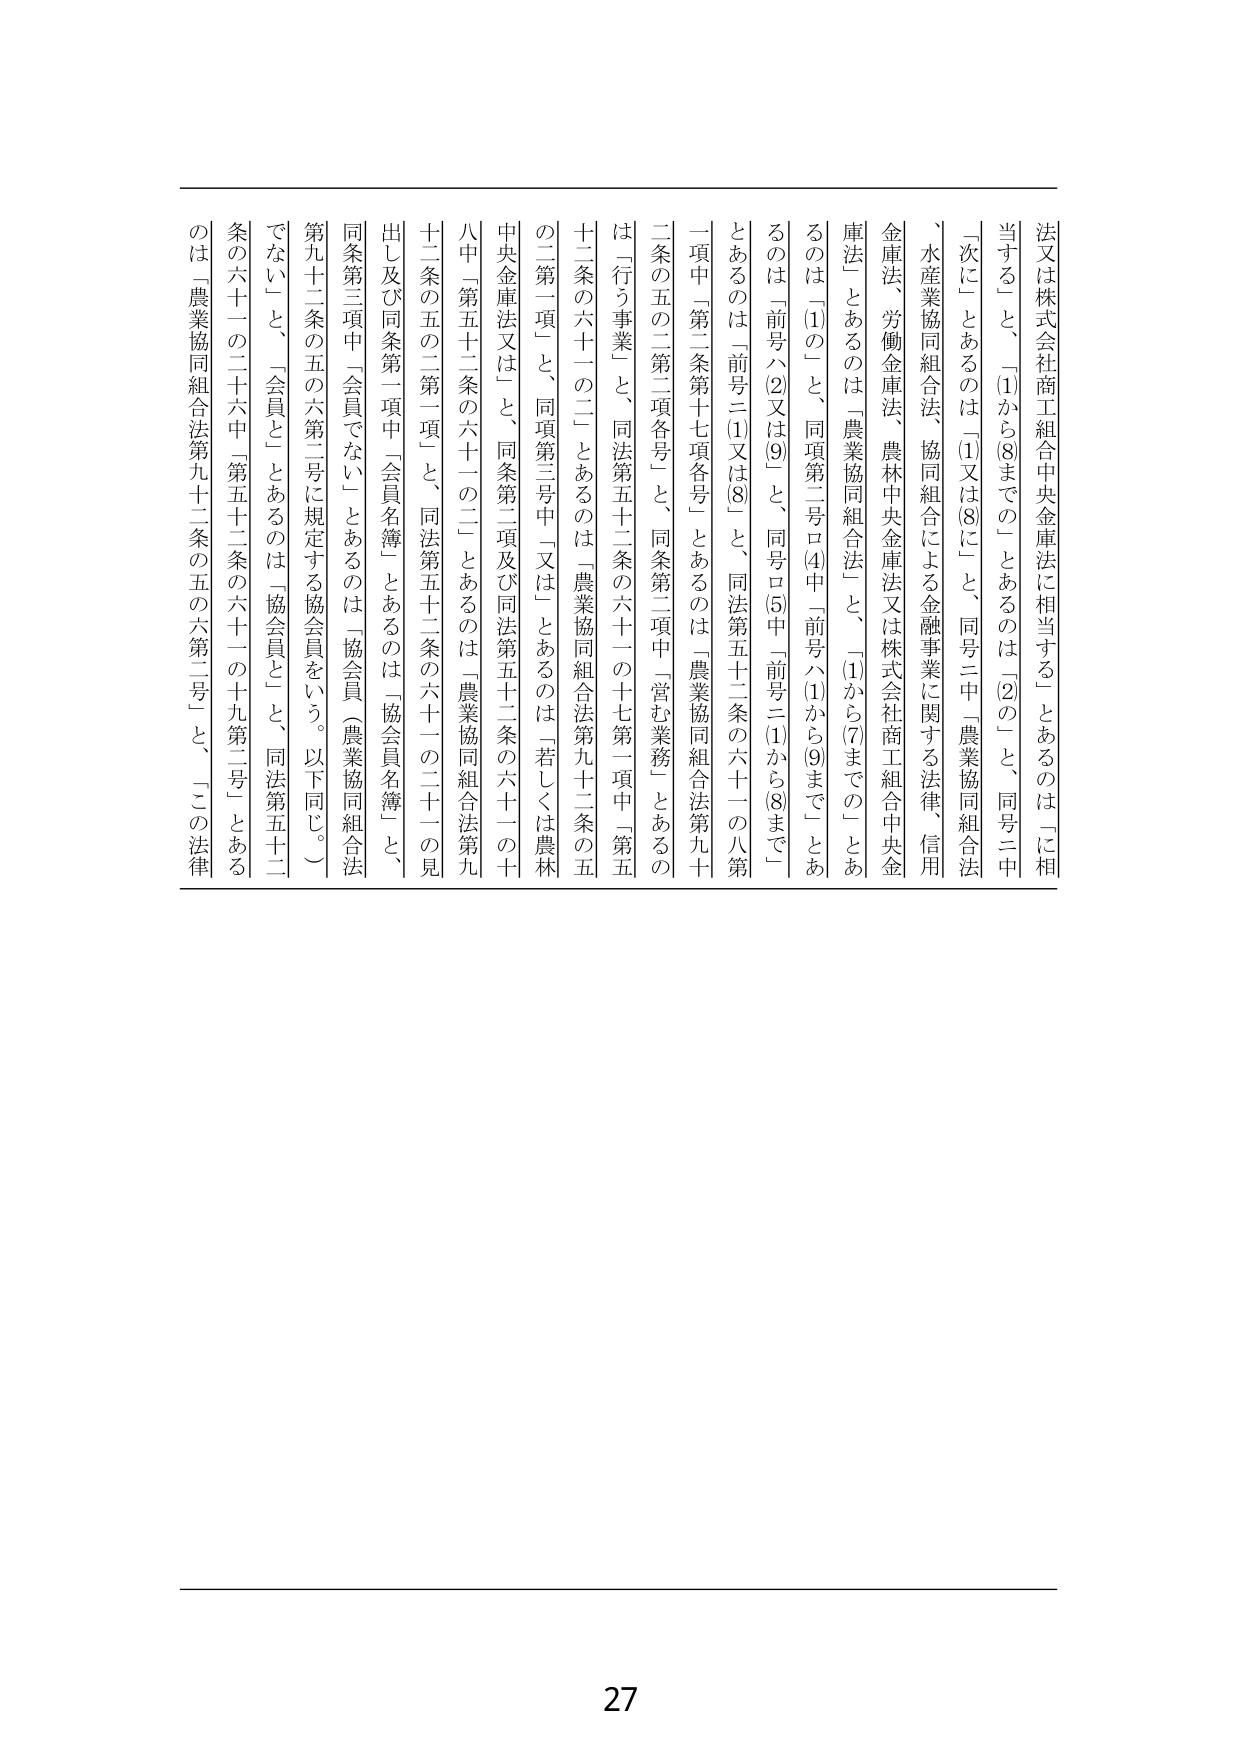
法又は株式会社商工組合中央金庫法に相当する」とあるのは「に相当する」と、「(1)から(8)までの」とあるのは「(2)の」と、同号二中「次に」とあるのは「(1)又は(8)に」と、同号二中「農業協同組合法、水産業協同組合法、協同組合による金融事業に関する法律、信用金庫法、労働金庫法、農林中央金庫法又は株式会社商工組合中央金庫法」とあるのは「農業協同組合法」と、「(1)から(7)までの」とあるのは「(1)の」と、同項第二号ロ(4)中「前号ハ(1)から(9)まで」とあるのは「前号ハ(2)又は(9)」と、同号ロ(5)中「前号ニ(1)から(8)まで」とあるのは「前号ニ(1)又は(8)」と、同法第五十二条の六十一の八第一項中「第二条第十七項各号」とあるのは「農業協同組合法第九十二条の五の二第二項各号」と、同条第二項中「営む業務」とあるのは「行う事業」と、同法第五十二条の六十一の十七第一項中「第五十二条の六十一の二」とあるのは「農業協同組合法第九十二条の五の二第一項」と、同項第三号中「又は」とあるのは「若しくは農林中央金庫法又は」と、同条第二項及び同法第五十二条の六十一の十八中「第五十二条の六十一の二」とあるのは「農業協同組合法第九十二条の五の二第一項」と、同法第五十二条の六十一の二十一の見出し及び同条第一項中「会員名簿」とあるのは「協会員名簿」と、同条第三項中「会員でない」とあるのは「協会員（農業協同組合法第九十二条の五の六第二号に規定する協会員をいう。以下同じ。）でない」と、「会員」とあるのは「協会員」と、同法第五十二条の六十一の二十六中「第五十二条の六十一の十九第二号」とあるのは「農業協同組合法第九十二条の五の六第二号」と、「この法律